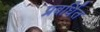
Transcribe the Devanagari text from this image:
प्रबर्धित